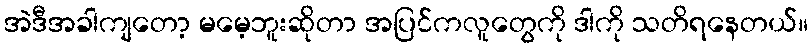
အဲဒီအခါကျတော့ မမေ့ဘူးဆိုတာ အပြင်ကလူတွေကို ဒါကို သတိရနေတယ်။